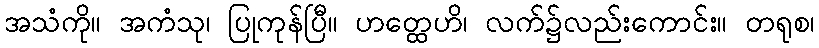
အသံကို။ အကံသု၊ ပြုကုန်ပြီ။ ဟတ္ထေဟိ၊ လက်၌လည်းကောင်း။ တရုစ၊